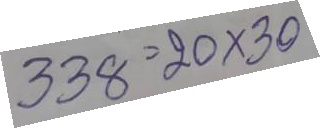
338 = 20 x 30